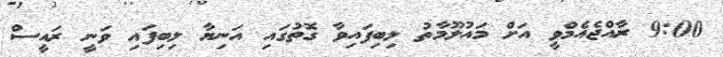
9:00 ރާއްޖެއެމްވީ އަށް މައުލޫމާތު ލިބިފައިވާ ގޮތުގައި އަނިޔާ ލިބިފައި ވަނީ ރައީސް